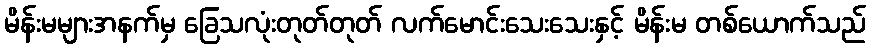
မိန်းမများအနက်မှ ခြေသလုံးတုတ်တုတ် လက်မောင်းသေးသေးနှင့် မိန်းမ တစ်ယောက်သည်